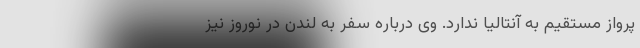
پرواز مستقیم به آنتالیا ندارد. وی درباره سفر به لندن در نوروز نیز